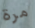
مرة